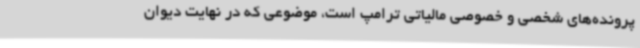
پرونده‌های شخصی و خصوصی مالیاتی ترامپ است، موضوعی که در نهایت دیوان